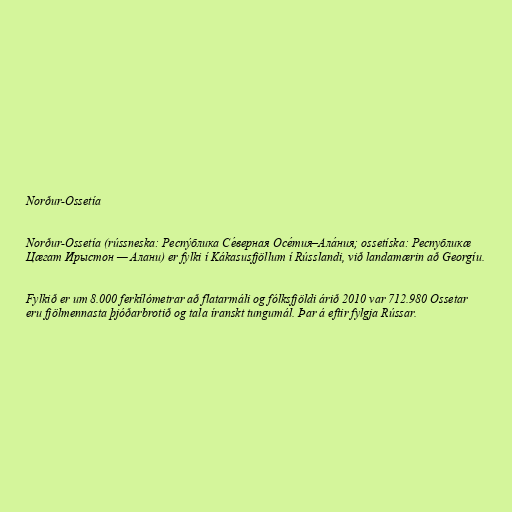
Norður-Ossetía

Norður-Ossetía (rússneska: Респу́блика Се́верная Осе́тия–Ала́ния; ossetíska: Республикæ
Цæгат Ирыстон — Алани) er fylki í Kákasusfjöllum í Rússlandi, við landamærin að Georgíu.

Fylkið er um 8.000 ferkílómetrar að flatarmáli og fólksfjöldi árið 2010 var 712.980 Ossetar
eru fjölmennasta þjóðarbrotið og tala íranskt tungumál. Þar á eftir fylgja Rússar.